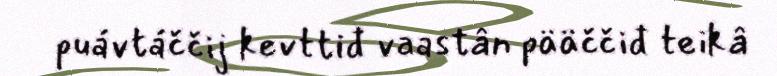
puávtáččij kevttiđ vaastân pääččiđ teikâ